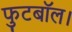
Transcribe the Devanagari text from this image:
फुटबॉल।